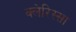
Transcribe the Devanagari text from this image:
क्लेरिस्सा